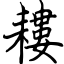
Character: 耬